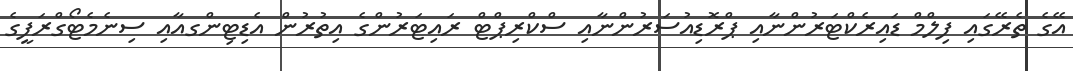
އޭގެ ތެރޭގައި ފިލްމް ޑައިރެކްޓަރުންނާއި ޕްރޮޑިއުސަރުންނާއި ސްކްރިޕްޓް ރައިޓަރުންގެ އިތުރުން އެޑިޓިންގއާއި ސިނެމެޓޯގްރަފީގެ